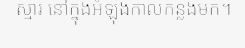
ស្មារ នៅក្នុងអំឡុងកាលកន្លងមក។